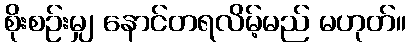
စိုးစဉ်းမျှ နောင်တရလိမ့်မည် မဟုတ်။